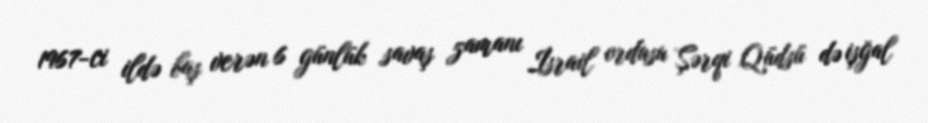
1967-ci ildə baş verən 6 günlük savaş zamanı İsrail ordusu Şərqi Qüdsü də işğal